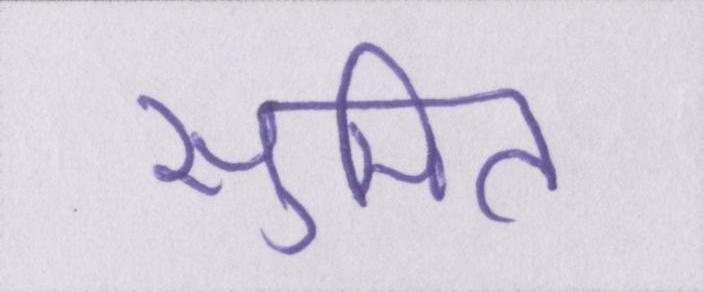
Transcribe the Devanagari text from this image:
सुमित